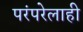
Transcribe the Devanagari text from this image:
परंपरेलाही